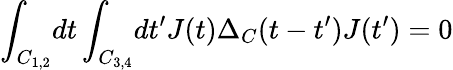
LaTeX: \int_{C_{1,2}}\! dt\int_{C_{3,4}}\! dt^{\prime}J(t)\Delta_{C}(t-t^{\prime})J(t^{\prime})=0